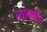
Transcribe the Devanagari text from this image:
त्यावर्षीच